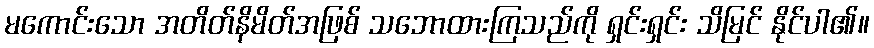
မကောင်းသော အတိတ်နိမိတ်အဖြစ် သဘောထားကြသည်ကို ရှင်းရှင်း သိမြင် နိုင်ပါ၏။